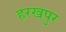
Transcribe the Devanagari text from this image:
हरखपुर